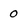
Character: 0